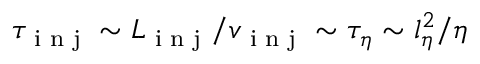
\tau _ { \textrm { i n j } } \sim L _ { \textrm { i n j } } / v _ { \textrm { i n j } } \sim \tau _ { \eta } \sim l _ { \eta } ^ { 2 } / \eta